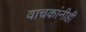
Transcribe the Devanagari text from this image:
वाचकांनीही